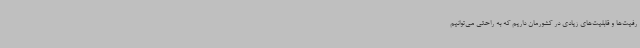
رفیت‌ها و قابلیت‌های زیادی در کشورمان داریم که به راحتی می‌توانیم